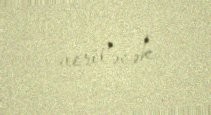
veriləcək.